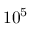
1 0 ^ { 5 }